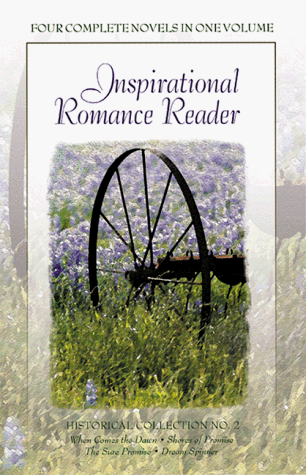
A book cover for Shores of Promise/Dream Spinner/When Comes the Dawn/The Sure Promise (Inspirational Romance Reader Historical Collection #2); Kate Blackwell; Religion & Spirituality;